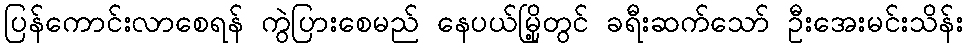
ပြန်ကောင်းလာစေရန် ကွဲပြားစေမည် နေပယ်မြို့တွင် ခရီးဆက်သော် ဦးအေးမင်းသိန်း